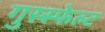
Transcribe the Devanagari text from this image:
गुस्स्फेल्ट